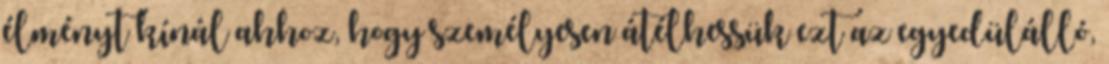
élményt kínál ahhoz, hogy személyesen átélhessük ezt az egyedülálló,